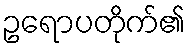
ဥရောပတိုက်၏